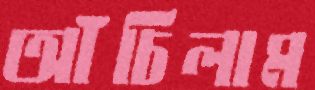
আঁচিলাম